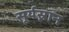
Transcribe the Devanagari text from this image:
सूर्यस्नान